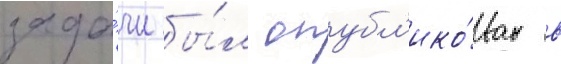
зада́чи бы́л опубл'ико́ван в